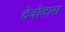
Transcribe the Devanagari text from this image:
देवोदास